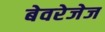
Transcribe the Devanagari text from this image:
बेवरेजेज